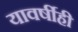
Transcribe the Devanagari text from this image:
यावर्षीही